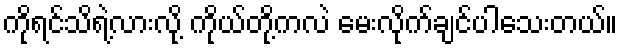
ကိုရင်သိရဲ့လားလို့ ကိုယ်တို့ကလဲ မေးလိုက်ချင်ပါသေးတယ်။